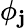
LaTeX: \phi_{\mathbf{j}}